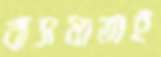
বাসযাত্রাই